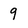
Character: 9